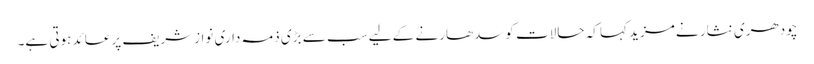
چودھری نثار نے مزید کہا کہ حالات کوسدھارنے کے لیے سب سے بڑی ذمہ داری نوازشریف پرعائد ہوتی ہے۔